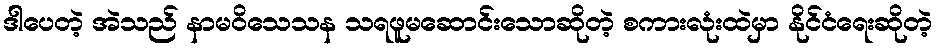
ဒါပေတဲ့ အဲသည် နာမဝိသေသန သရဖူမဆောင်းသောဆိုတဲ့ စကားလုံးထဲမှာ နိုင်ငံရေးဆိုတဲ့